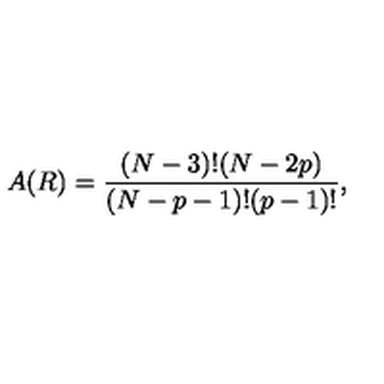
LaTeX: A ( R ) = \frac { ( N - 3 ) ! ( N - 2 p ) } { ( N - p - 1 ) ! ( p - 1 ) ! } ,